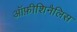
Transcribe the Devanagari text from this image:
ऑफ़ीशिनैलिस